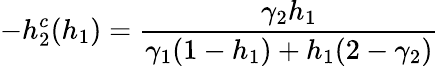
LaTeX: -h_{2}^{c}(h_{1})=\frac{\gamma_{2}h_{1}}{\gamma_{1}(1-h_{1})+h_{1}(2-\gamma_{2})}